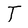
Character: T